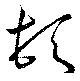
頓